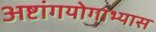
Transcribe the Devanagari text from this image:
अष्टांगयोगाभ्यास